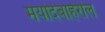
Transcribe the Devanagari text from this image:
मर्यादेबाहेरील